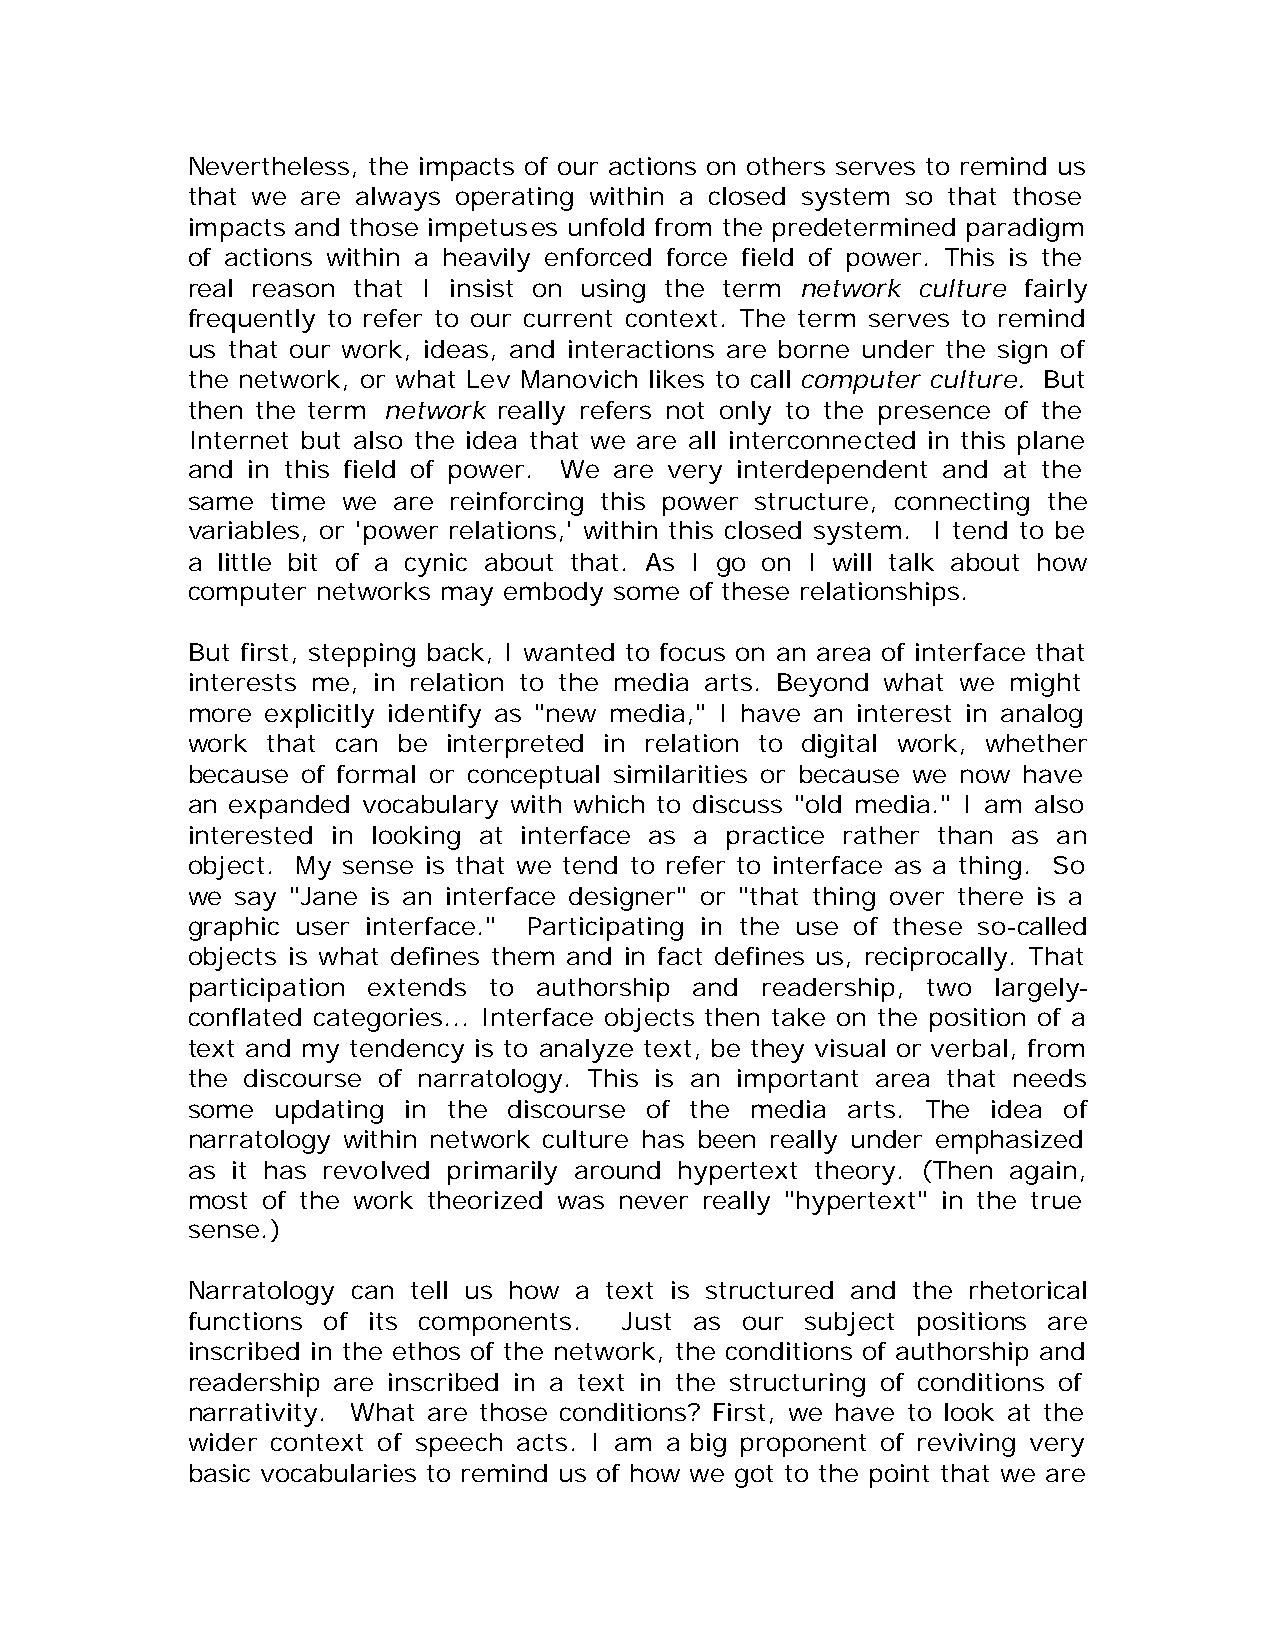
Nevertheless, the impacts of our actions on others serves to remind us
 that we are always operating within a closed system so that those
 impacts and those impetuses unfold from the predetermined paradigm
 of actions within a heavily enforced force field of power. This is the
 real reason that I insist on using the term network culture fairly
 frequently to refer to our current context. The term serves to remind
 us that our work, ideas, and interactions are borne under the sign of
 the network, or what Lev Manovich likes to call computer culture. But
 then the term network really refers not only to the presence of the
 Internet but also the idea that we are all interconnected in this plane
 and in this field of power. We are very interdependent and at the
 same  time we are reinforcing this power structure, connecting the
 variables, or 'power relations,' within this closed system. I tend to be
 a little bit of a cynic about that. As I go on I will talk about how
 computer networks may embody some of these relationships.
 But first, stepping back, I wanted to focus on an area of interface that
 interests me, in relation to the media arts. Beyond what we might
 more  explicitly identify as "new media," I have an interest in analog
 work  that can be interpreted in relation to digital work, whether
 because of formal or conceptual similarities or because we now have
 an expanded vocabulary with which to discuss "old media." I am also
 interested in looking at interface as a practice rather than as an
 object. My sense is that we tend to refer to interface as a thing. So
 we  say "Jane is an interface designer" or "that thing over there is a
 graphic user interface." Participating in the use of these so-called
 objects is what defines them and in fact defines us, reciprocally. That
 participation extends to authorship and readership, two largely-
 conflated categories... Interface objects then take on the position of a
 text and my tendency is to analyze text, be they visual or verbal, from
 the discourse of narratology. This is an important area that needs
 some  updating in the discourse of the media arts. The idea of
 narratology within network culture has been really under emphasized
 as it has revolved primarily around hypertext theory. (Then again,
 most of the work theorized was never really "hypertext" in the true
 sense.)
 Narratology can tell us how a text is structured and the rhetorical
 functions of its components. Just as our subject positions are
 inscribed in the ethos of the network, the conditions of authorship and
 readership are inscribed in a text in the structuring of conditions of
 narrativity. What are those conditions? First, we have to look at the
 wider context of speech acts. I am a big proponent of reviving very
 basic vocabularies to remind us of how we got to the point that we are